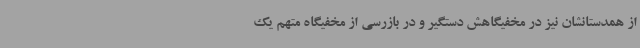
از همدستانشان نیز در مخفیگاهش دستگیر و در بازرسی از مخفیگاه متهم یک